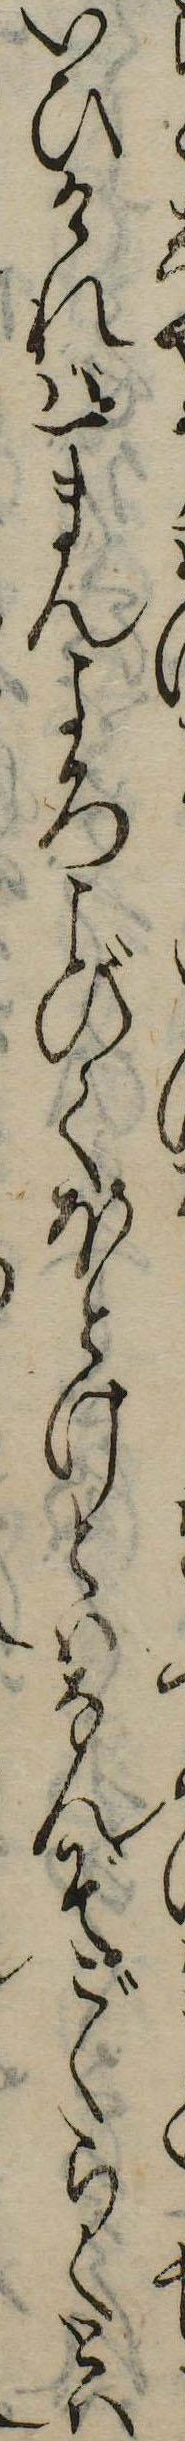
いひければ一まんよろこびてほとけとはなんぞごくらくとは